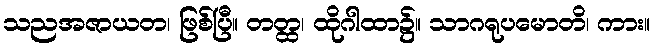
သညအဇာယတ၊ ဖြစ်ပြီ။ တတ္ထ၊ ထိုဂါထာ၌။ သာဂရုပမောတိ၊ ကား။